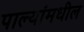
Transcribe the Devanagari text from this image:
पाल्यांमधील